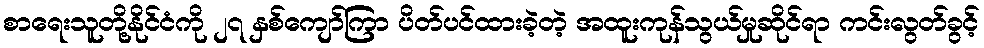
စာရေးသူတို့နိုင်ငံကို ၂၇ နှစ်ကျော်ကြာ ပိတ်ပင်ထားခဲ့တဲ့ အထူးကုန်သွယ်မှုဆိုင်ရာ ကင်းလွတ်ခွင့်